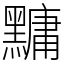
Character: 𪒒